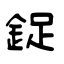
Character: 鋜